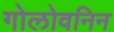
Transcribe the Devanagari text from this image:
गोलोवनिन